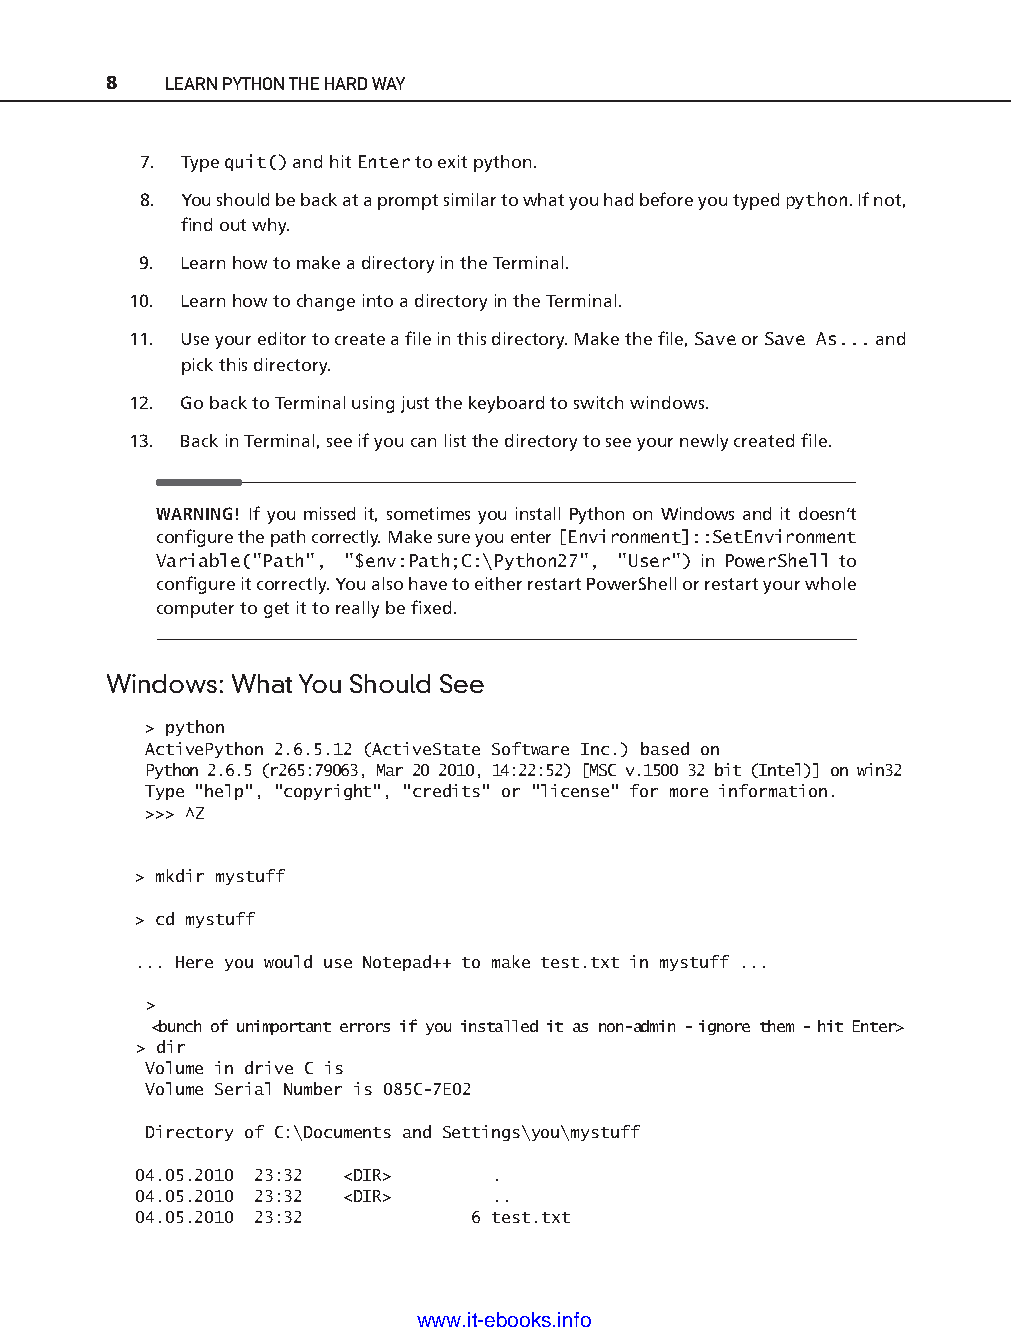
8   LEARN PYTHON THE HARD WAY
 7. Type quit() and hit Enter to exit python.
 8. You should be back at a prompt similar to what you had before you typed python. If not,
 fi nd out why.
 9. Learn how to make a directory in the Terminal.
 10. Learn how to change into a directory in the Terminal.
 11. Use your editor to create a fi le in this directory. Make the fi le, Save or Save As... and
 pick this directory.
 12. Go back to Terminal using just the keyboard to switch windows.
 13. Back in Terminal, see if you can list the directory to see your newly created fi le.
 WARNING! If you missed it, sometimes you install Python on Windows and it doesn’t
 confi gure the path correctly. Make sure you enter [Environment]::SetEnvironment
 Variable("Path", "$env:Path;C:\Python27", "User") in PowerShell to
 confi gure it correctly. You also have to either restart PowerShell or restart your whole
 computer to get it to really be fi xed.
 Windows: What You Should See                                                     ptg11539604
 > python
 ActivePython 2.6.5.12 (ActiveState Software Inc.) based on
 Python 2.6.5 (r265:79063, Mar 20 2010, 14:22:52) [MSC v.1500 32 bit (Intel)] on win32
 Type "help", "copyright", "credits" or "license" for more information.
 >>> ^Z
 > mkdir mystuff
 > cd mystuff
 ... Here you would use Notepad++ to make test.txt in mystuff ...
 >
 <bunch of unimportant errors if you installed it as non-a dmin - ignore them - hit Enter>
 > dir
 Volume in drive C is
 Volume Serial Number is 085C-7 E02
 Directory of C:\Documents and Settings\you\mystuff
 04.05.2010 23:32 <DIR>  .
 04.05.2010 23:32 <DIR>  ..
 04.05.2010 23:32      6 test.txt
 www.it-ebooks.info